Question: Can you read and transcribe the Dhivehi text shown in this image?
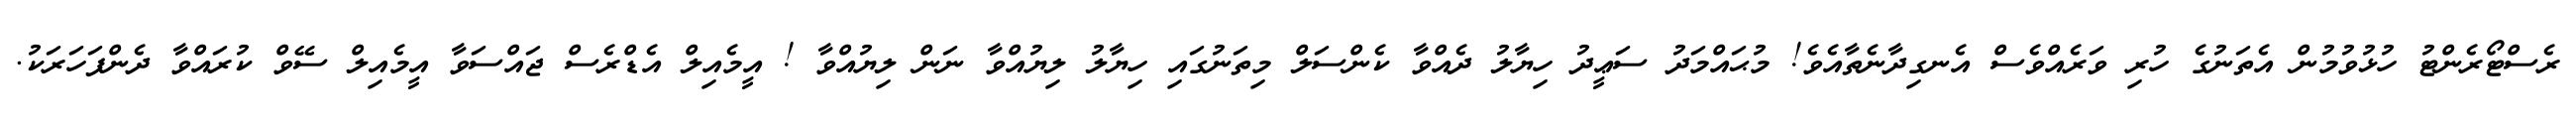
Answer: ރެސްޓޯރެންޓު ހުޅުވުމުން އެތަނުގެ ހުރި ވަރެއްވެސް އެނގިދާނެތާއެވެ! މުޙައްމަދު ސަޢީދު ހިޔާލު ދެއްވާ ކެންސަލް މިތަނުގައި ހިޔާލު ލިޔުއްވާ ނަން ލިޔުއްވާ ! އީމެއިލް އެޑްރެސް ޖައްސަވާ އީމެއިލް ސޭވް ކުރައްވާ ދެންފަހަރަކު.